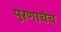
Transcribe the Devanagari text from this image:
पुरणाचेच